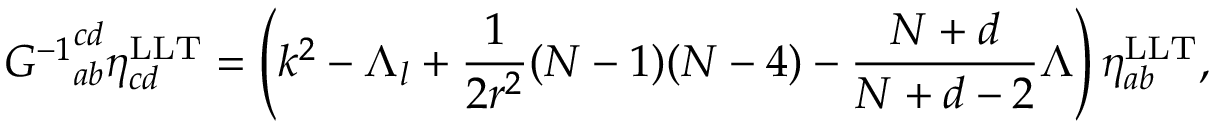
{ { \cal G } ^ { - 1 } } _ { a b } ^ { c d } \eta _ { c d } ^ { \mathrm { L L T } } = \left( k ^ { 2 } - \Lambda _ { l } + \frac { 1 } { 2 r ^ { 2 } } ( N - 1 ) ( N - 4 ) - \frac { N + d } { N + d - 2 } \Lambda \right) \eta _ { a b } ^ { \mathrm { L L T } } ,